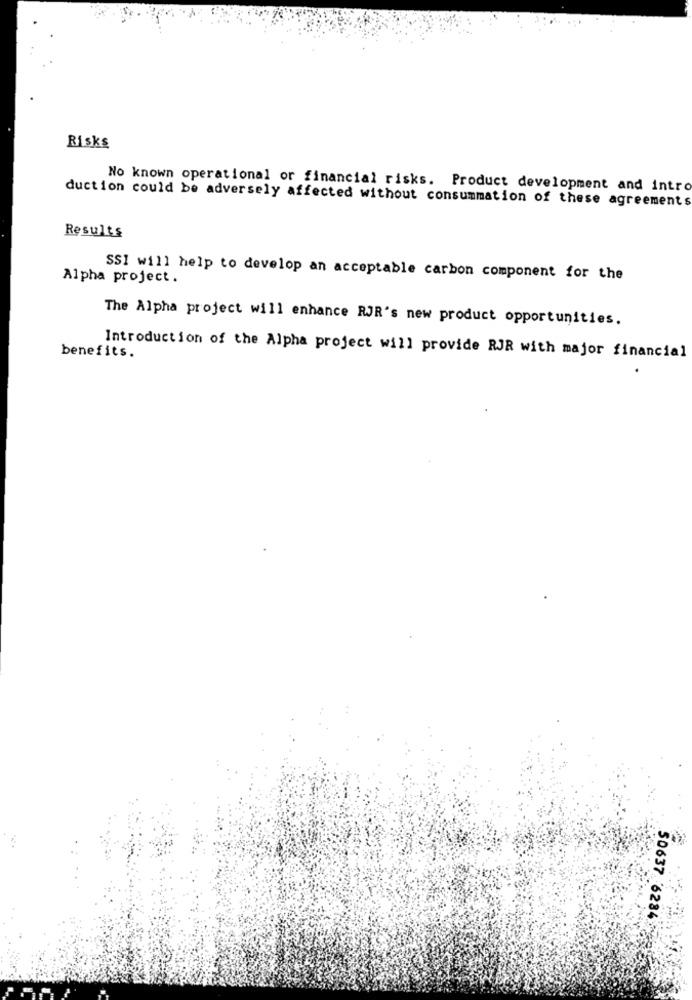
Risks
No known operational or financial risks. Product development and intro
duction could be adversely affected without consummation of these agreements
Results
Alpha project.
SSI will help to develop an acceptable carbon component for the
The Alpha project will enhance RJR's new product opportunities.
benefits.
Introduction of the Alpha project will provide RJR with major financial
50637 6284